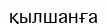
қылшанға